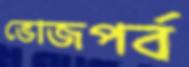
ভোজপর্ব